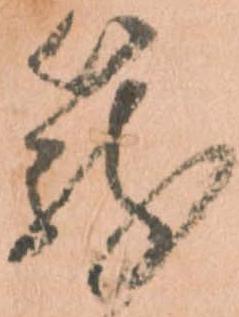
籠